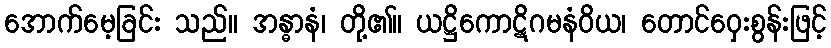
အောက်မေ့ခြင်း သည်။ အန္ဓာနံ၊ တို့၏။ ယဋ္ဌိကောဋိဂမနံဝိယ၊ တောင်ဝှေးစွန်းဖြင့်